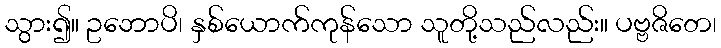
သွား၍။ ဥဘောပိ၊ နှစ်ယောက်ကုန်သော သူတို့သည်လည်း။ ပဗ္ဗဇိတေ၊